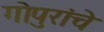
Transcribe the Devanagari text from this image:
गोपुरांचे